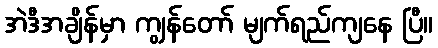
အဲဒီအချိန်မှာ ကျွန်တော် မျက်ရည်ကျနေ ပြီ။